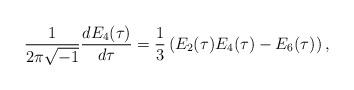
LaTeX: \begin{align*}\frac{1}{2\pi \sqrt{-1}} \dfrac{d E_4(\tau)}{d\tau} = \frac{1}{3} \left( E_2(\tau) E_4(\tau) - E_6(\tau) \right),\end{align*}